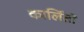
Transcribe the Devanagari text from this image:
कार्लितो